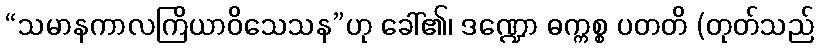
“သမာနကာလကြိယာဝိသေသန”ဟု ခေါ်၏၊ ဒဏ္ဍော ဓက္ကစ္စ ပတတိ (တုတ်သည်